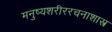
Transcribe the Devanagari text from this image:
मनुष्यशरीररचनाशास्त्र